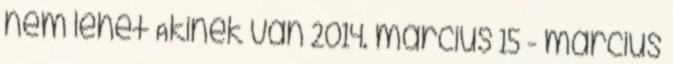
nem lehet Akinek van 2014. március 15 - március